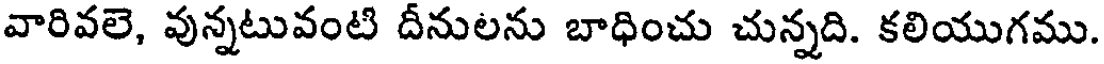
వారివలె, వున్నటువంటి దీనులను బాధించు చున్నది. కలియుగము.